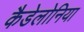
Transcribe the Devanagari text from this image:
कैडेलोनिया